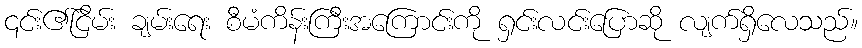
၎င်း၏ငြိမ်း ချမ်းရေး စီမံကိန်းကြီးအကြောင်းကို ရှင်းလင်းပြောဆို လျက်ရှိလေသည်။